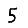
Digit: 5